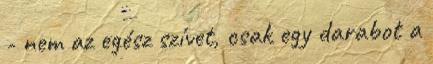
- nem az egész szívet, csak egy darabot a